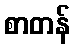
စာတန်